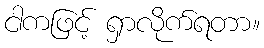
ငါကဖြင့် ရှာလိုက်ရတာ။